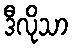
ဒီလိုသာ